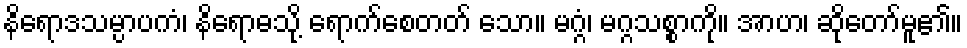
နိရောဒသမ္ပာပကံ၊ နိရောဓသို့ ရောက်စေတတ် သော။ မဂ္ဂံ၊ မဂ္ဂသစ္စာကို။ အာဟ၊ ဆိုတော်မူ၏။